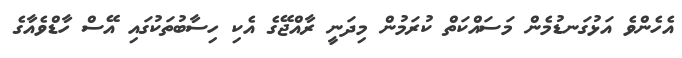
އެހެންވެ އަޅުގަނޑުމެން މަސައްކަތް ކުރަމުން މިދަނީ ރާއްޖޭގެ އެކި ހިސާބުތަކުގައި އޭސް ހާޑްވެއާގެ